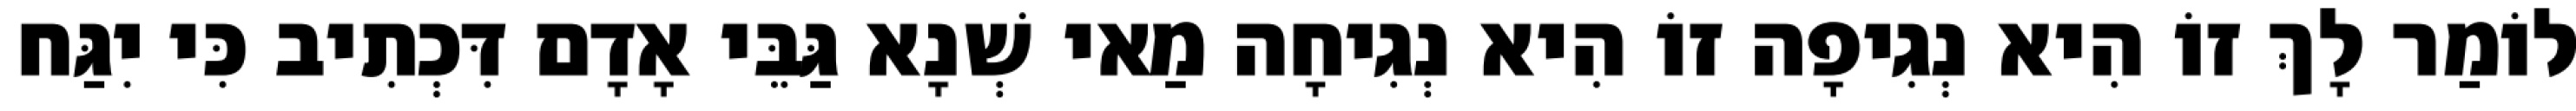
לוֹמַר לָךְ זוֹ הִיא נְגִיפָה זוֹ הִיא נְגִיחָה מַאי שְׁנָא גַּבֵּי אָדָם דִּכְתִיב כִּי יִגַּח